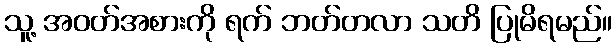
သူ့ အဝတ်အစားကို ရက် ဘတ်တလာ သတိ ပြုမိရမည်။